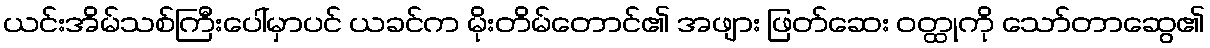
ယင်းအိမ်သစ်ကြီးပေါ်မှာပင် ယခင်က မိုးတိမ်တောင်၏ အဖျား ဖြတ်ဆေး ဝတ္ထုကို သော်တာဆွေ၏